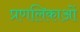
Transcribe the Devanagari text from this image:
प्रणलिकाओं